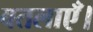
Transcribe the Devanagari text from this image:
बतलाएँ।